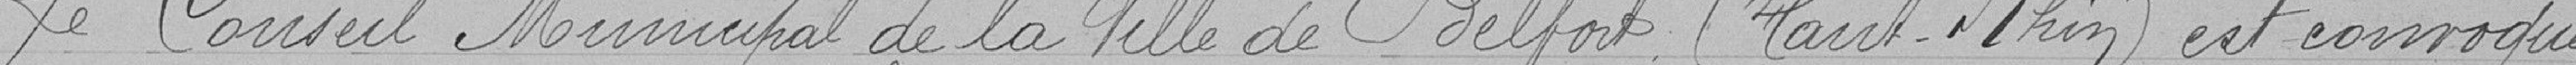
Le Conseil Municipal de la Ville de Belfort (Haut-Rhin) est convoqué